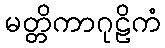
မတ္တိကာဂုဠိကံ